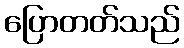
ပြောတတ်သည်